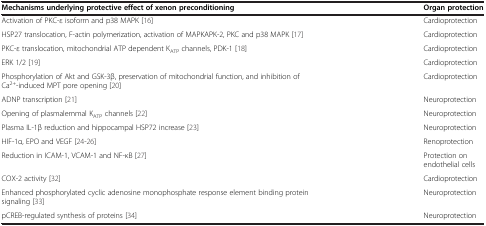
<table><thead><tr><td><b>Mechanisms underlying protective effect of xenon preconditioning</b></td><td><b>Organ protection</b></td></tr></thead><tbody><tr><td>Activation of PKC-ε isoform and p38 MAPK [16]</td><td>Cardioprotection</td></tr><tr><td>HSP27 translocation, F-actin polymerization, activation of MAPKAPK-2, PKC and p38 MAPK [17]</td><td>Cardioprotection</td></tr><tr><td>PKC-ε translocation, mitochondrial ATP dependent K<sub>ATP</sub> channels, PDK-1 [18]</td><td>Cardioprotection</td></tr><tr><td>ERK 1/2 [19]</td><td>Cardioprotection</td></tr><tr><td>Phosphorylation of Akt and GSK-3β, preservation of mitochondrial function, and inhibition of Ca<sup>2+</sup>-induced MPT pore opening [20]</td><td>Cardioprotection</td></tr><tr><td>ADNP transcription [21]</td><td>Neuroprotection</td></tr><tr><td>Opening of plasmalemmal K<sub>ATP</sub> channels [22]</td><td>Neuroprotection</td></tr><tr><td>Plasma IL-1β reduction and hippocampal HSP72 increase [23]</td><td>Neuroprotection</td></tr><tr><td>HIF-1α, EPO and VEGF [24-26]</td><td>Renoprotection</td></tr><tr><td>Reduction in ICAM-1, VCAM-1 and NF-κB [27]</td><td>Protection on endothelial cells</td></tr><tr><td>COX-2 activity [32]</td><td>Cardioprotection</td></tr><tr><td>Enhanced phosphorylated cyclic adenosine monophosphate response element binding protein signaling [33]</td><td>Neuroprotection</td></tr><tr><td>pCREB-regulated synthesis of proteins [34]</td><td>Neuroprotection</td></tr></tbody></table>